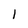
Character: 1